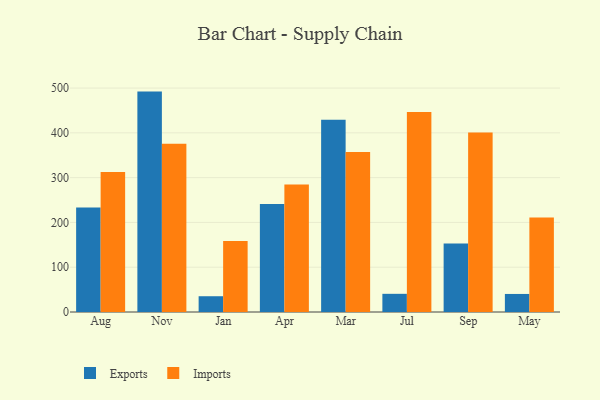
{"axis": {"x": "Month", "y": "Demand Index"}, "legend": ["Exports", "Imports"], "data": [{"x": "Aug", "y": 233.6, "type": "Exports"}, {"x": "Aug", "y": 312.6, "type": "Imports"}, {"x": "Nov", "y": 492.1, "type": "Exports"}, {"x": "Nov", "y": 375.8, "type": "Imports"}, {"x": "Jan", "y": 35.2, "type": "Exports"}, {"x": "Jan", "y": 158.4, "type": "Imports"}, {"x": "Apr", "y": 241.0, "type": "Exports"}, {"x": "Apr", "y": 284.5, "type": "Imports"}, {"x": "Mar", "y": 429.3, "type": "Exports"}, {"x": "Mar", "y": 357.4, "type": "Imports"}, {"x": "Jul", "y": 40.6, "type": "Exports"}, {"x": "Jul", "y": 446.7, "type": "Imports"}, {"x": "Sep", "y": 152.7, "type": "Exports"}, {"x": "Sep", "y": 400.9, "type": "Imports"}, {"x": "May", "y": 40.3, "type": "Exports"}, {"x": "May", "y": 210.8, "type": "Imports"}]}